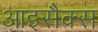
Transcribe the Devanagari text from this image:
आइसैक्स